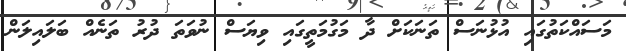
މަސައްކަތުގައި އުޅުނަސް ތަނަކަށް ދާ މަގުމަތީގައި ވިޔަސް ނުވަތަ ދުރު ތަނެއް ބަލައިލަން